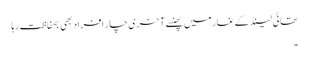
تھائی لینڈ کے غار میں پھنسے آخری چار افراد بھی بحفاظت رہا
۔